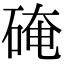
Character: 硽